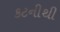
કટનીથી